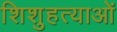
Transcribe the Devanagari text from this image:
शिशुहत्याओं